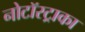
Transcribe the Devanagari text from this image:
नोटॉस्ट्राका